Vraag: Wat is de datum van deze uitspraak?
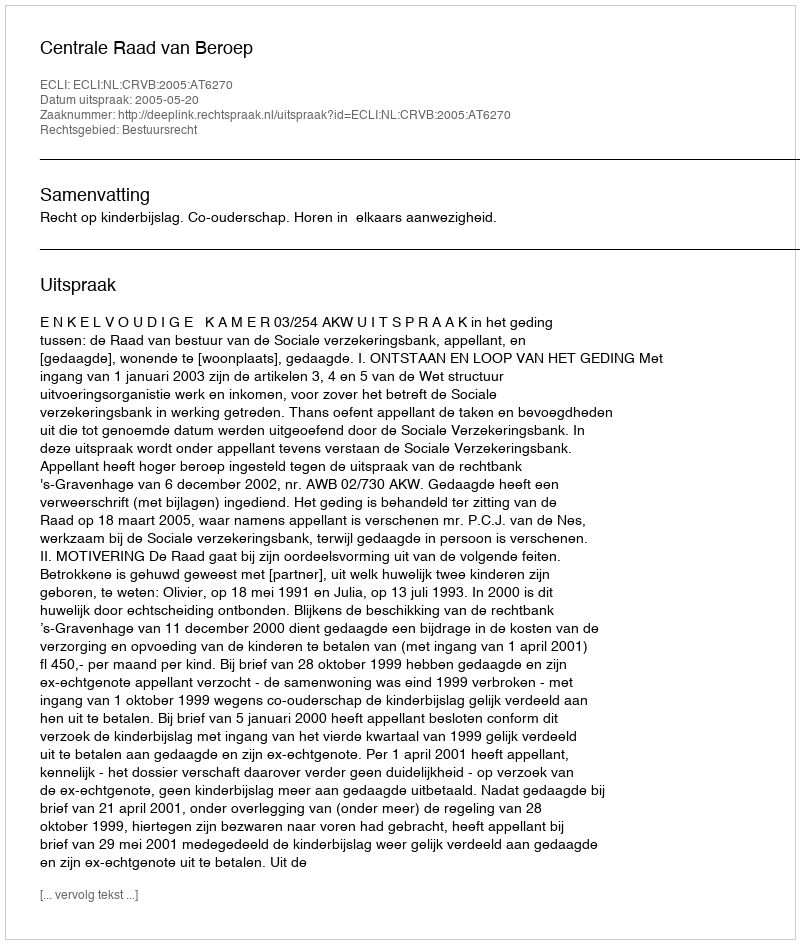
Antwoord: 2005-05-20